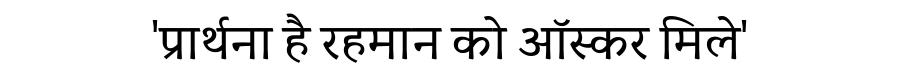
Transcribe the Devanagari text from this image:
'प्रार्थना है रहमान को ऑस्कर मिले'